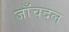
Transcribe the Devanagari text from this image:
जाँचदल